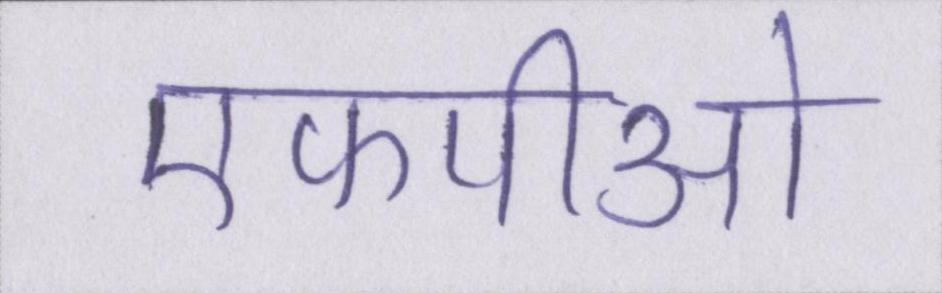
एफपीओ